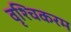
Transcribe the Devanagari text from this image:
वृश्चिकरम